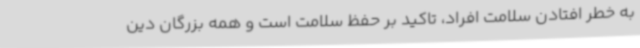
به خطر افتادن سلامت افراد، تاکید بر حفظ سلامت است و همه بزرگان دین